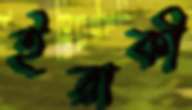
ইরাকী